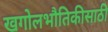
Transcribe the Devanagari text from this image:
खगोलभौतिकीसाठी